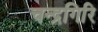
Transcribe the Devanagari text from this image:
चन्द्रगिरि